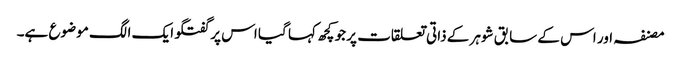
مصنفہ اور اس کے سابق شوہر کے ذاتی تعلقات پر جو کچھ کہا گیا اس پر گفتگو ایک الگ موضوع ہے۔